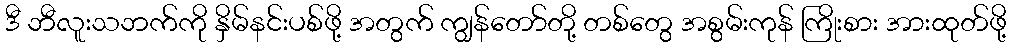
ဒီ ဘီလူးသဘက်ကို နှိမ်နင်းပစ်ဖို့ အတွက် ကျွန်တော်တို့ တစ်တွေ အစွမ်းကုန် ကြိုးစား အားထုတ်ဖို့